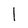
Character: I